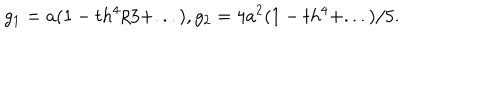
LaTeX: g _ { 1 } = a ( 1 - t h ^ { 4 } / 3 + . . . ) , g _ { 2 } = 4 a ^ { 2 } ( 1 - t h ^ { 4 } + . . . ) / 5 .